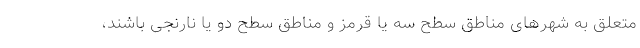
متعلق به شهرهای مناطق سطح سه یا قرمز و مناطق سطح دو یا نارنجی باشند،